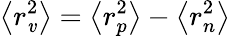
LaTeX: \left<r_{\mathit{v}}^{2}\right>=\left<r_{p}^{2}\right>-\left<r_{n}^{2}\right>